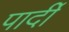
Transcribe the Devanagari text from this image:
पार्दी